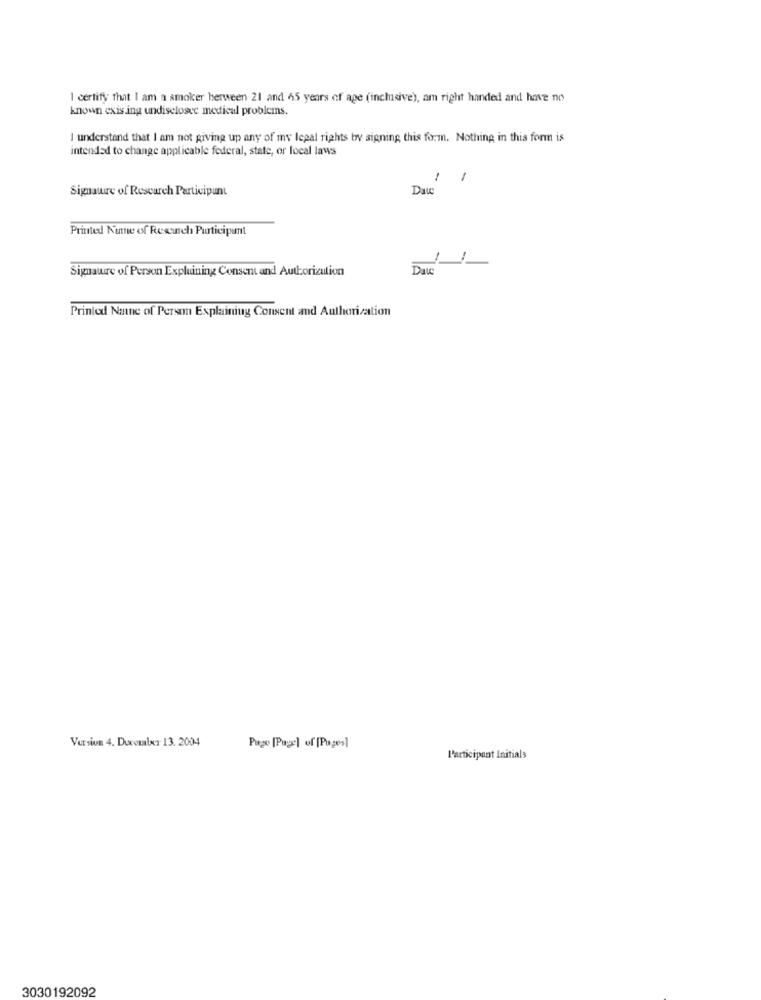
1 certify that I am a smoker herween 21 and 65 years of age (inclusive), am right handed and have no
known exis ing undisclosee medical problems.
I understand that I am not giving up any of my legal rights by signing this form. Nothing in this form is
intended to change applicable federal, state, or local laws
1
Signaurre of Research Participant
Date
Printed Nunme of Resurch Participant
1
Signaure of Person Explaining Consent and Authorization
Dai
Printed Naine of Person Explaining Consent and Authorization
Version 4. Ducouxr 13. 2004
Pago [Page] of [Pages]
Participant Initials
3030192092